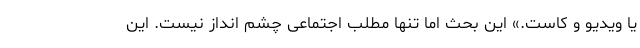
یا ویدیو و کاست.» این بحث اما تنها مطلب اجتماعی چشم انداز نیست. این